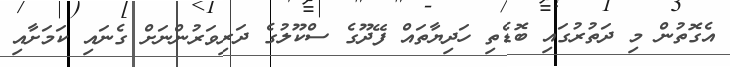
އެގޮތުން މި ދަތުރުގައި ބޮޑެތި ހަދިޔާތައް ފޭދޫގެ ސްކޫލުގެ ދަރިވަރުންނަށް ގެނައި ކަމަށާއި